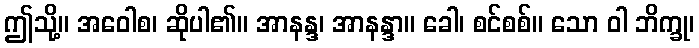
ဤသို့။ အဝေါစ၊ ဆိုပါ၏။ အာနန္ဒ၊ အာနန္ဒာ။ ခေါ၊ စင်စစ်။ သော ဝါ ဘိက္ခု၊